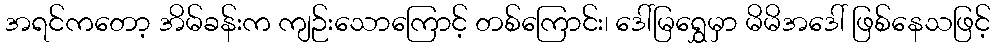
အရင်ကတော့ အိမ်ခန်းက ကျဉ်းသောကြောင့် တစ်ကြောင်း၊ ဒေါ်မြရွှေမှာ မိမိအဒေါ် ဖြစ်နေသဖြင့်